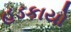
હડકાયો